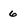
Character: 6